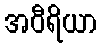
အဝီရိယာ